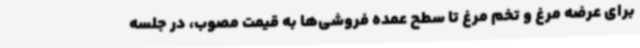
برای عرضه مرغ و تخم مرغ تا سطح عمده فروشی‌ها به قیمت مصوب، در جلسه